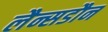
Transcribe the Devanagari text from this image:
लैन्सडौन